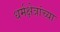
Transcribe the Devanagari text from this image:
धर्मक्षेत्रांच्या